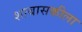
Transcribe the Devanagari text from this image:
शाबासकीला